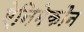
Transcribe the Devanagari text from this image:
ऐनिमेकौन